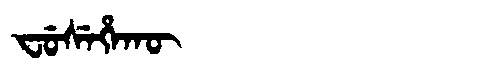
Manchu: ᠸᡠᠰᡝᡥᠠᡴᡡ
Romanization: FUSEHAKŪ